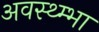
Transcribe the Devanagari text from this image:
अवस्थ्म्भा